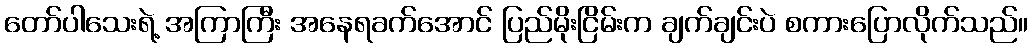
တော်ပါသေးရဲ့ အကြာကြီး အနေရခက်အောင် ပြည်မိုးငြိမ်းက ချက်ချင်းပဲ စကားပြောလိုက်သည်။